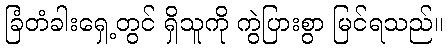
ခြံတံခါးရှေ့တွင် ရှိသူကို ကွဲပြားစွာ မြင်ရသည်။